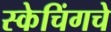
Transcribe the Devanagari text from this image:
स्केचिंगचे